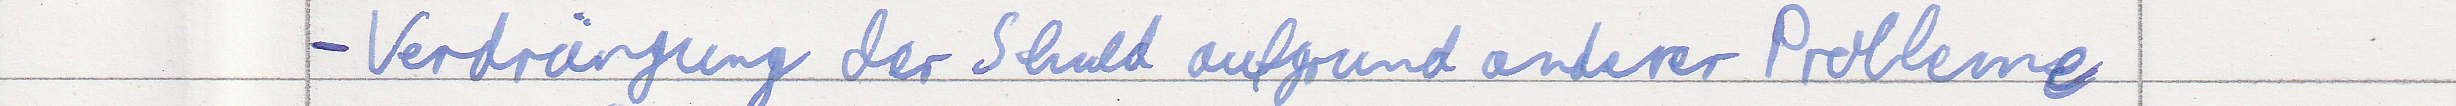
- Verdrängung der Schuld aufgrund anderer Probleme